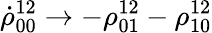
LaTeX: \dot{\rho}_{00}^{12}\to-\rho_{01}^{12}-\rho_{10}^{12}